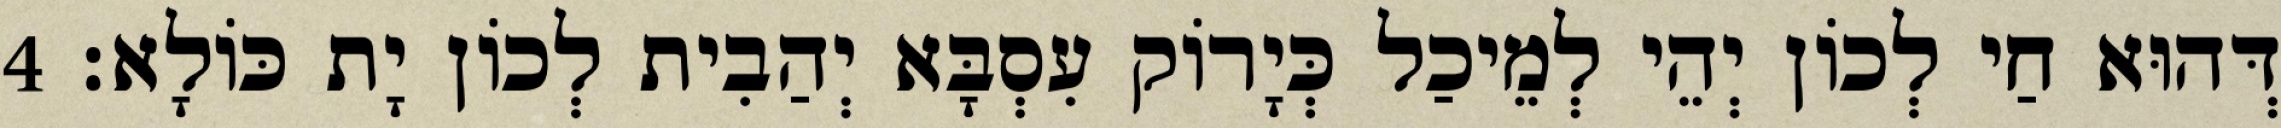
דְּהוּא חַי לְכוֹן יְהֵי לְמֵיכַל כְּיָרוֹק עִסְבָּא יְהַבִית לְכוֹן יָת כּוֹלָא׃ 4